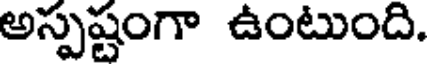
అస్పష్టంగా ఉంటుంది.